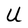
Character: U